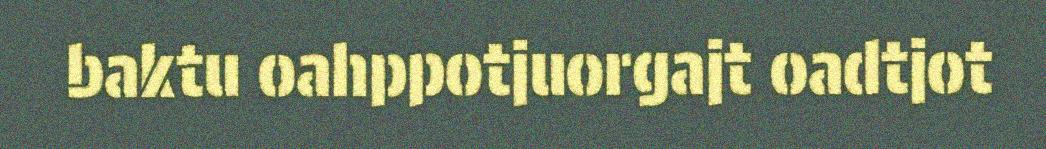
baktu oahppotjuorgajt oadtjot